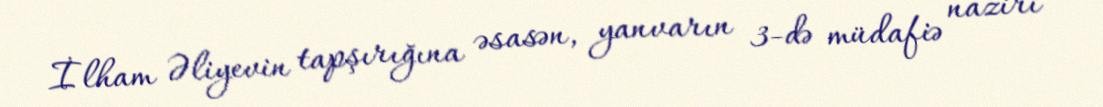
İlham Əliyevin tapşırığına əsasən, yanvarın 3-də müdafiə naziri